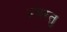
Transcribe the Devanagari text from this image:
प्रचरतु